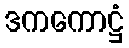
ဒကကောဋ္ဌံ